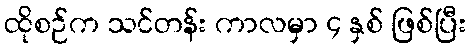
ထိုစဉ်က သင်တန်း ကာလမှာ ၄ နှစ် ဖြစ်ပြီး